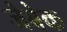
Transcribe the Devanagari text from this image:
जेबेक